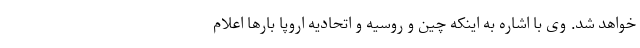
خواهد شد. وی با اشاره به اینکه چین و روسیه و اتحادیه اروپا بارها اعلام